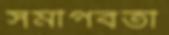
সমীপবর্তী